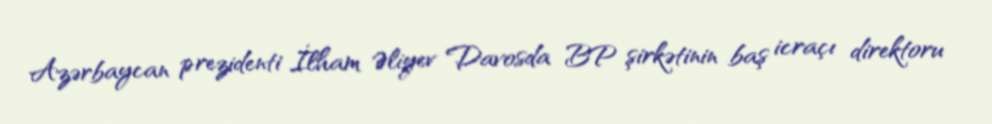
Azərbaycan prezidenti İlham Əliyev Davosda BP şirkətinin baş icraçı direktoru